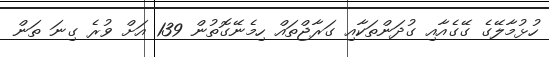
ހުޅުމާލޭގެ ގޭގެއާއި ގުދަންތަކާއި ގަރާޖްތައް ހިމެނޭގޮތުން 139 އަށް ވުރެ ގިނަ ތަން